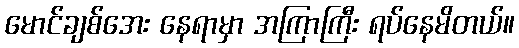
မောင်ချစ်အေး နေရာမှာ အကြာကြီး ရပ်နေမိတယ်။